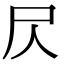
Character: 𡰦